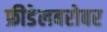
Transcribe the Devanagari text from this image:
फ्रीडेलबरोबर